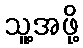
သူ့အဖို့